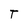
Character: T